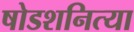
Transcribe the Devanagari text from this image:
षोडशनित्या